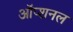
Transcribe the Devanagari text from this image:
ऑप्शनल